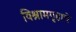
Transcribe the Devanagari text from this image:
विश्रामगृहाचे